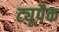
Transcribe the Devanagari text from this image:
ट्यूपैक